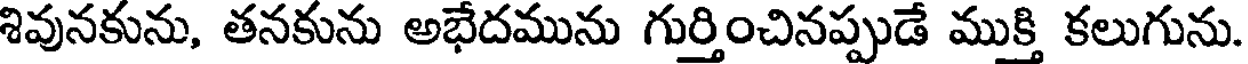
శివునకును, తనకును అభేదమును గుర్తించినప్పుడే ముక్తి కలుగును.